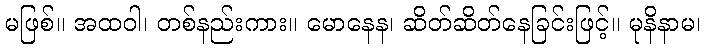
မဖြစ်။ အထဝါ၊ တစ်နည်းကား။ မောနေန၊ ဆိတ်ဆိတ်နေခြင်းဖြင့်။ မုနိနာမ၊